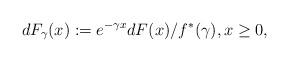
LaTeX: \begin{align*}dF_{\gamma} (x) := e^{-\gamma x} dF(x) / f^*(\gamma), x \geq 0,\end{align*}